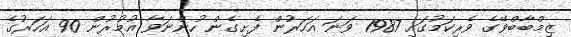
ޒިމްބާބްވޭގެ ވެރިކަމުގައި 1987 ވަނަ އަހަރުން ފެށިގެން ހުންނަވާ އުމުރުން 90 އަހަރުގެ